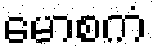
မောစကံ